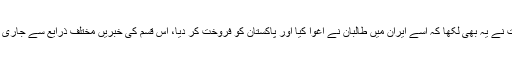
بعض اخبارات نے یہ بھی لکھا کہ اسے ایران میں طالبان نے اغوا کیا اور پاکستان کو فروخت کر دیا، اس قسم کی خبریں مختلف ذرایع سے جاری کروائی گئیں۔